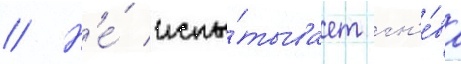
// Н'е́ испы́тывает гн'е́ва